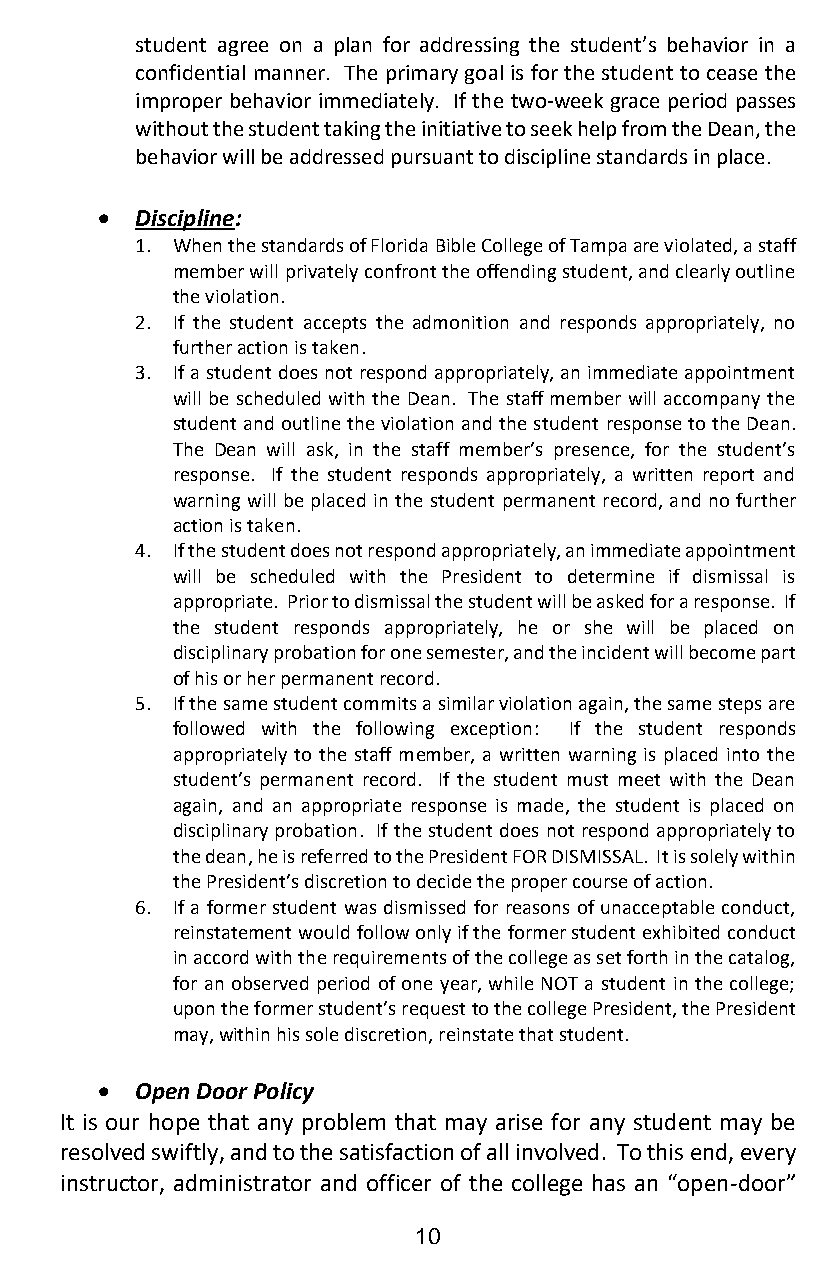
student agree on a plan for addressing the student’s behavior in a
 confidential manner. The primary goal is for the student to cease the
 improper behavior immediately. If the two-week grace period passes
 without the student taking the initiative to seek help from the Dean, the
 behavior will be addressed pursuant to discipline standards in place.
 •  Discipline:
 1. When the standards of Florida Bible College of Tampa are violated, a staff
 member will privately confront the offending student, and clearly outline
 the violation.
 2. If the student accepts the admonition and responds appropriately, no
 further action is taken.
 3. If a student does not respond appropriately, an immediate appointment
 will be scheduled with the Dean. The staff member will accompany the
 student and outline the violation and the student response to the Dean.
 The Dean will ask, in the staff member’s presence, for the student’s
 response. If the student responds appropriately, a written report and
 warning will be placed in the student permanent record, and no further
 action is taken.
 4. If the student does not respond appropriately, an immediate appointment
 will be scheduled with the President to determine if dismissal is
 appropriate. Prior to dismissal the student will be asked for a response. If
 the student responds appropriately, he or she will be placed on
 disciplinary probation for one semester, and the incident will become part
 of his or her permanent record.
 5. If the same student commits a similar violation again, the same steps are
 followed with the following exception: If the student responds
 appropriately to the staff member, a written warning is placed into the
 student’s permanent record. If the student must meet with the Dean
 again, and an appropriate response is made, the student is placed on
 disciplinary probation. If the student does not respond appropriately to
 the dean, he is referred to the President FOR DISMISSAL. It is solely within
 the President’s discretion to decide the proper course of action.
 6. If a former student was dismissed for reasons of unacceptable conduct,
 reinstatement would follow only if the former student exhibited conduct
 in accord with the requirements of the college as set forth in the catalog,
 for an observed period of one year, while NOT a student in the college;
 upon the former student’s request to the college President, the President
 may, within his sole discretion, reinstate that student.
 •  Open Door Policy
 It is our hope that any problem that may arise for any student may be
 resolved swiftly, and to the satisfaction of all involved. To this end, every
 instructor, administrator and officer of the college has an “open-door”
 10